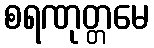
စရဏုတ္တမေ